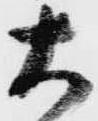
大